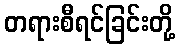
တရားစီရင်ခြင်းတို့